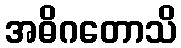
အဓိဂတောသိ